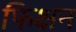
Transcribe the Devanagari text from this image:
फिक्षन